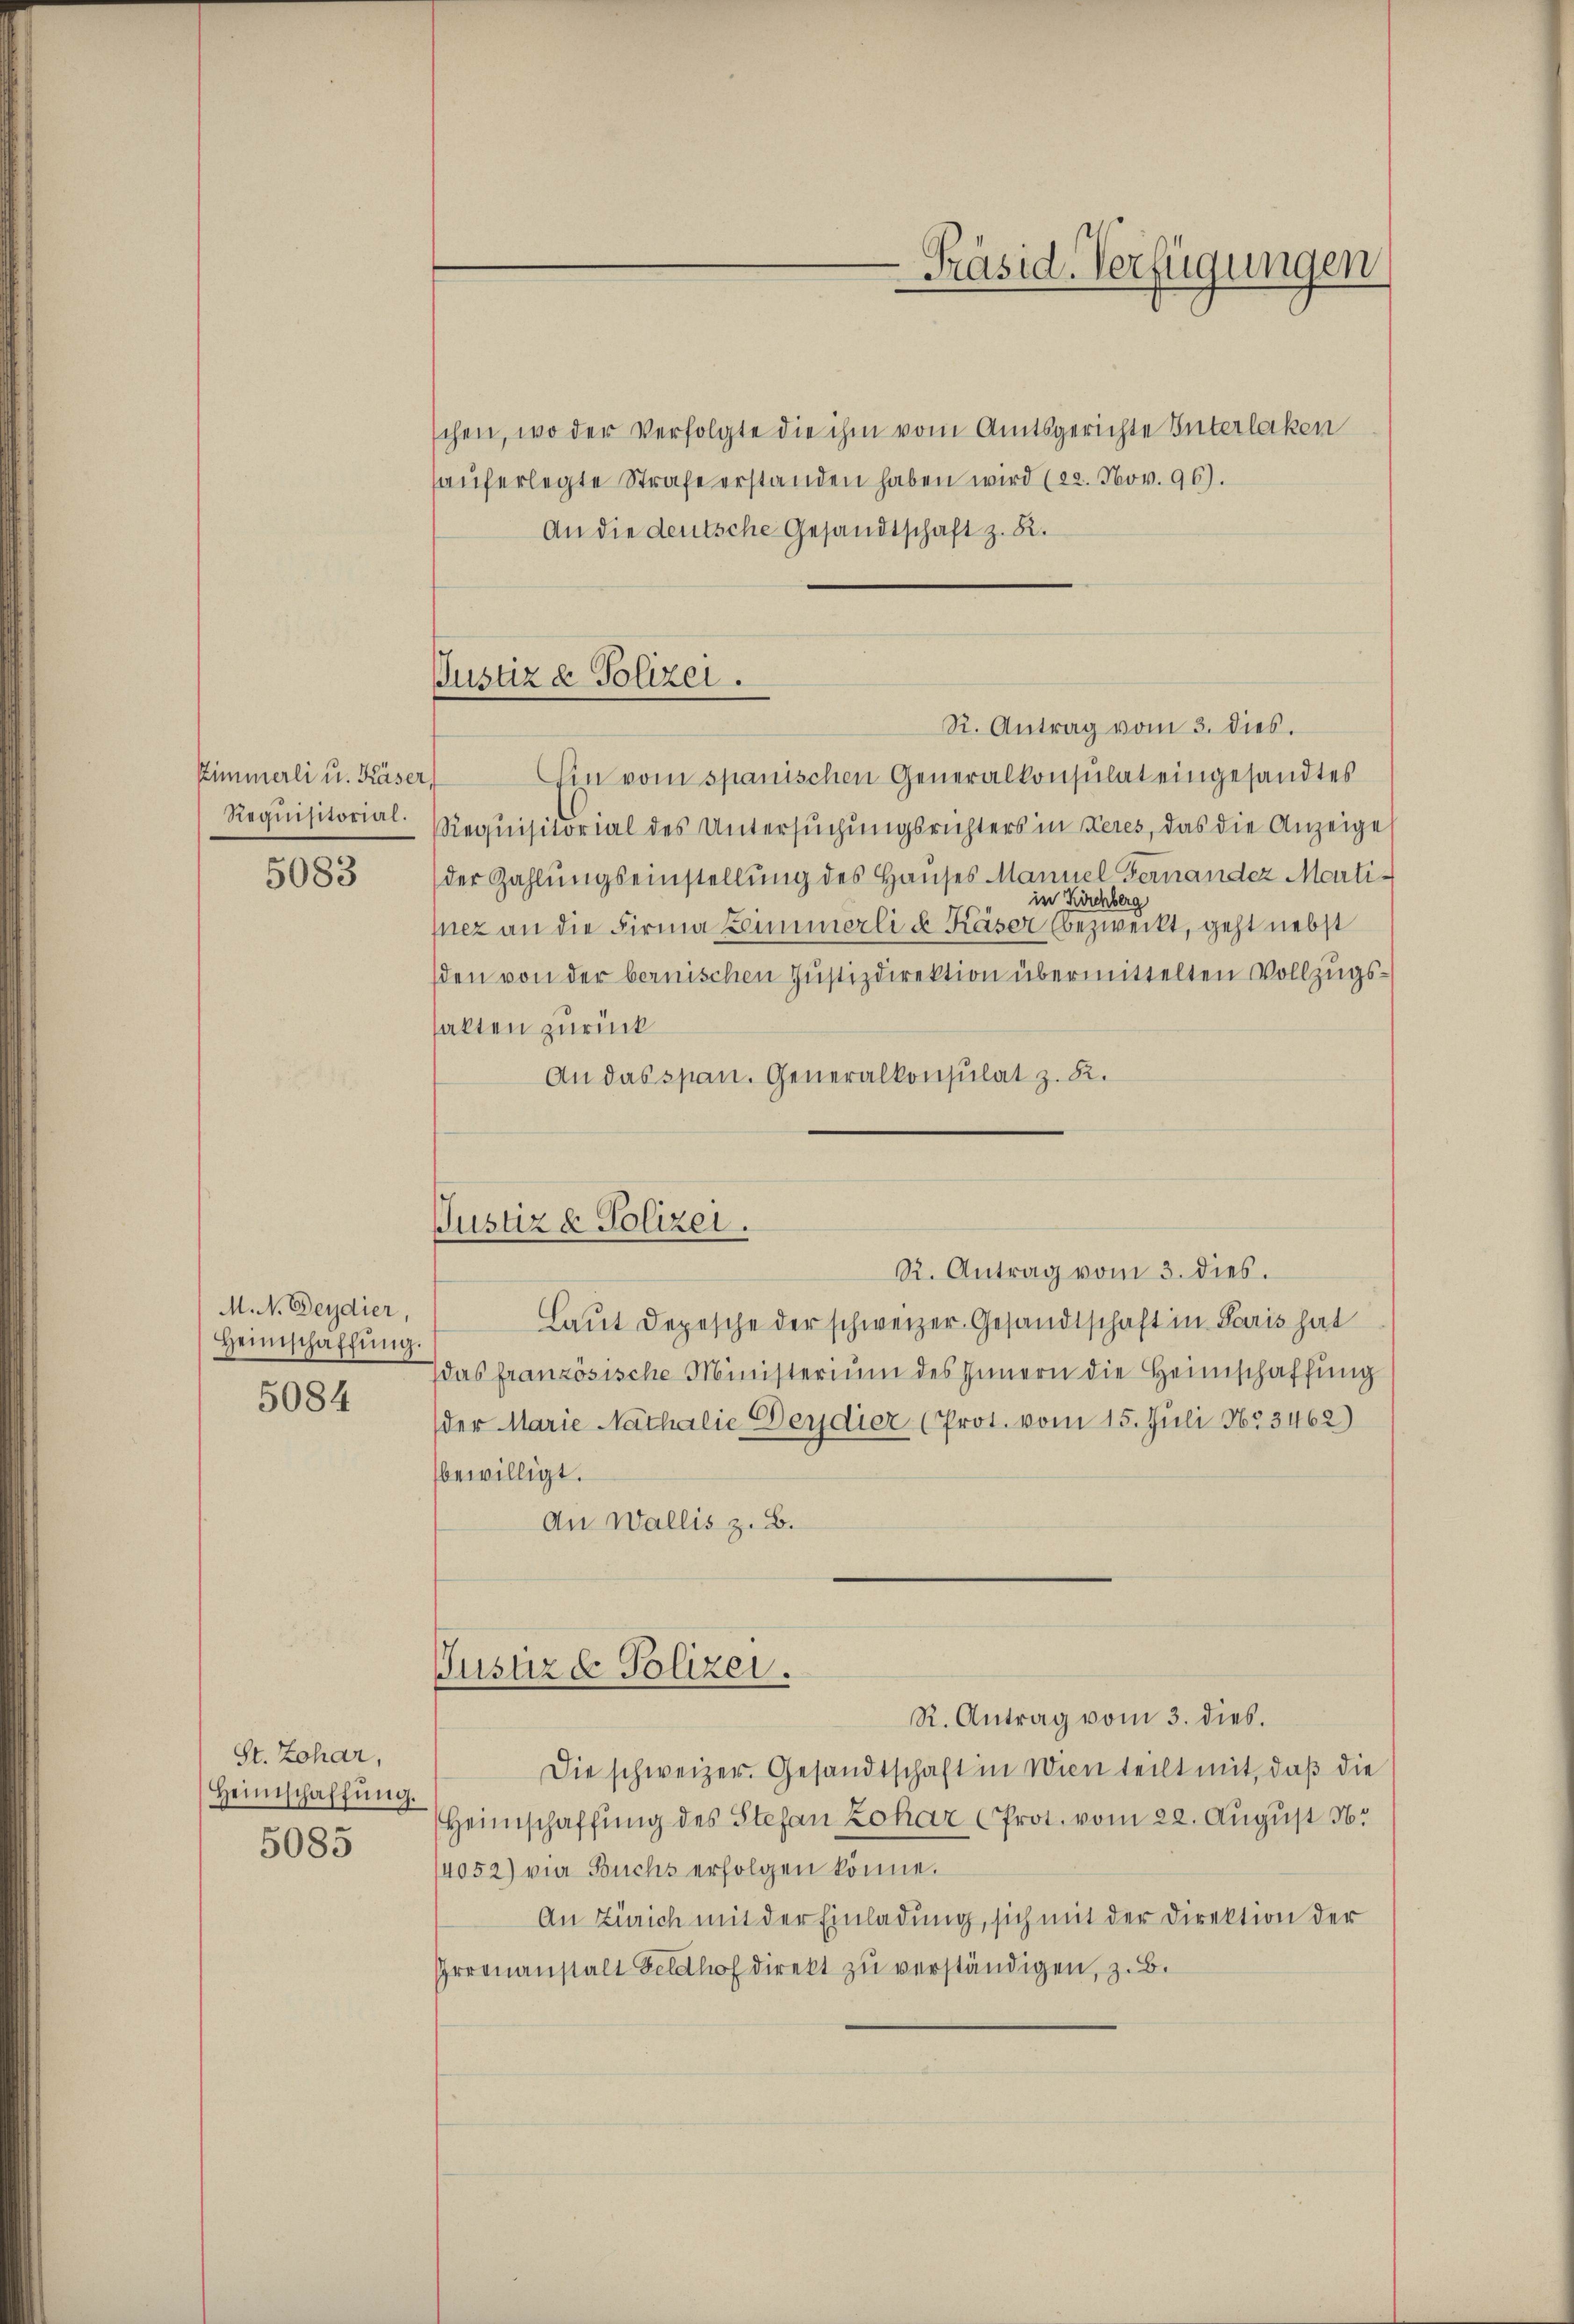
Zimmerli u. Käser
Requisitorial.

5083

M.N. Deydier,
Heimschaffŭng.
5084

St. Johar,
Heimschaffŭng.
5085

Justiz & Polizei.

schen, wo der Verfolgte die ihm vom Amtsgerichte Interlaken
hauferlegte Strafe erstanden haben wird (22. Nov. 96).
An die deutsche Gesandtschaft z. R.

Justiz & Polizei.
R. Antrag vom 3. dies.

Justiz & Polizei.

Präsid. Verfügungen

R. Antrag vom 3. dies.
Ein vom spanischen Generalkonsulat eingesandtes
Requisitorial des Untersuchungsrichters in Keres, das die Anzeige
der Zahlungseinstellung des Hauses Mannel Fernander Martiin Kirchberg
nez an die Firma Zimmerli & Käser bezweckt, geht nebst
sden von der bernischen Justizdirektion übermittelten Vollzugssakten zurück
An das span. Generalkonsulat z. B.

Laut Depesche der schweizer Gesandtschaft in Paris hat
das französische Ministerium des Innern die Heimschaffung
der Marie Nathalie Deydier (Prot. vom 15. Juli 1623462)
bewilligt.
An Wallis z. B.

R. Antrag vom 3. dies.
Die schweizer. Gesandtschaft in Wien teilt mit, daß die
Heimschaffung des Stefan Lokar (Prot. vom 22. August 16.
14052) wie Buchs erfolgen könne.
An Zürich mit der Einladung, sich mit der Direktion der
Grrenanstalt Feldhof direkt zŭ verständigen, z. B.